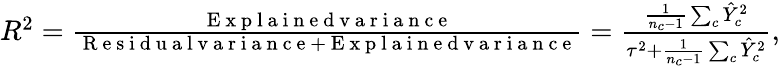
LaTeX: \begin{array}{r}{R^{2}=\frac{\mathrm{~E~x~p~l~a~i~n~e~d~v~a~r~i~a~n~c~e~}}{\mathrm{~R~e~s~i~d~u~a~l~v~a~r~i~a~n~c~e~}+\mathrm{~E~x~p~l~a~i~n~e~d~v~a~r~i~a~n~c~e~}}=\frac{\frac{1}{n_{c}-1}\sum_{c}\hat{Y}_{c}^{2}}{\tau^{2}+\frac{1}{n_{c}-1}\sum_{c}\hat{Y}_{c}^{2}},}\end{array}